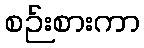
စဉ်းစားကာ